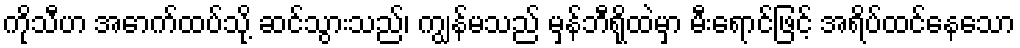
ကိုသီဟ အောက်ထပ်သို့ ဆင်သွားသည်၊ ကျွန်မသည် မှန်ဘီရိုထဲမှာ မီးရောင်ဖြင့် အရိပ်ထင်နေသော